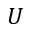
U